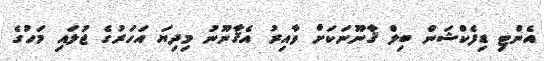
އެންޓި ޑިފެކްޝަން ބިލް ޤާނޫނަކަށް ވާއިރު އެޤާނޫނު މިދިޔަ އަހަރުގެ ޖުލައި މަހުގެ